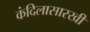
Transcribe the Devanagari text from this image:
कंदिलासारखी